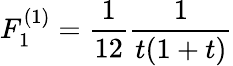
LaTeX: F_{1}^{(1)}={\frac{1}{12}}{\frac{1}{t(1+t)}}